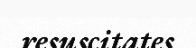
resuscitates